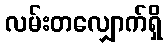
လမ်းတလျှောက်ရှိ